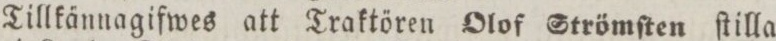
Tillkännagifwes att Traktören Olof Strömſten ſtilla